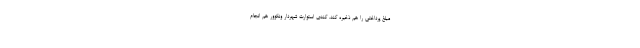
مبلغ پرداختی را هم ذخیره کند. کندی استوارت شهردار ونکوور هم انجام